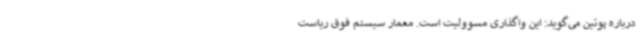
درباره پوتین می‌گوید: این واگذاری مسوولیت است. معمار سیستم فوق ریاست